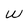
Character: W